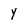
Character: y